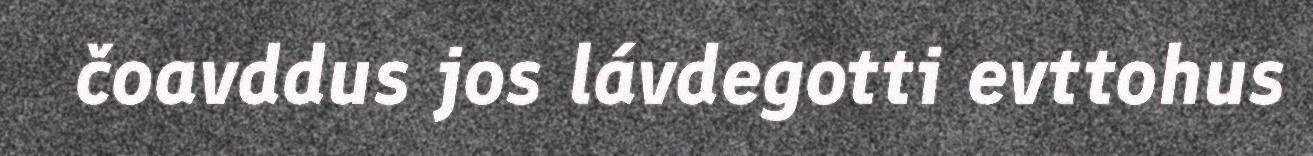
čoavddus jos lávdegotti evttohus